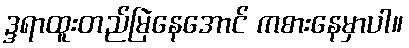
ဒ္ဒရာထူးတည်မြဲနေအောင် ကစားနေမှာပါ။